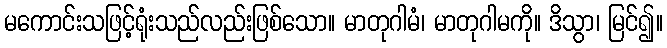
မကောင်းသဖြင့်ရုံးသည်လည်းဖြစ်သော။ မာတုဂါမံ၊ မာတုဂါမကို။ ဒိသွာ၊ မြင်၍။